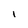
Character: I